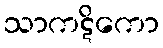
သာကဋိကော